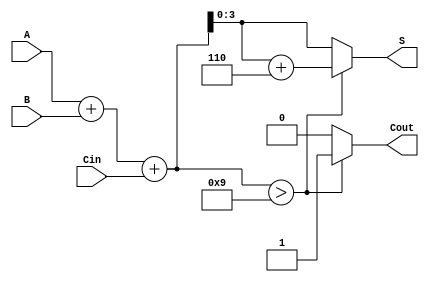
module BCD_Redundant_Binary_Adder (
    input [3:0] A,       // 4-bit BCD input A
    input [3:0] B,       // 4-bit BCD input B
    input Cin,           // optional carry input
    output reg [3:0] S,  // 4-bit BCD sum output
    output reg Cout      // carry output
);

    wire [4:0] sum;      // 5-bit to accommodate carry
    reg [4:0] corrected_sum;

    // Perform initial binary addition
    assign sum = A + B + Cin;

    always @(*) begin
        // Initialize outputs
        Cout = 0;
        S = 0;
        corrected_sum = sum;

        // Check for BCD correction
        if (sum > 4'd9) begin
            // BCD correction by adding 6
            corrected_sum = sum + 4'd6;
            Cout = 1; // Set carry out if correction was made
        end

        // Assign the corrected sum to output S
        S = corrected_sum[3:0]; // Use the lower 4 bits as the BCD output
    end

endmodule